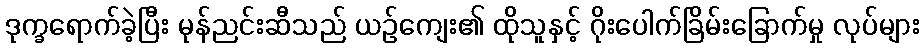
ဒုက္ခရောက်ခဲ့ပြီး မုန်ညင်းဆီသည် ယဉ်ကျေး၏ ထိုသူနှင့် ဂိုးပေါက်ခြိမ်းခြောက်မှု လုပ်များ